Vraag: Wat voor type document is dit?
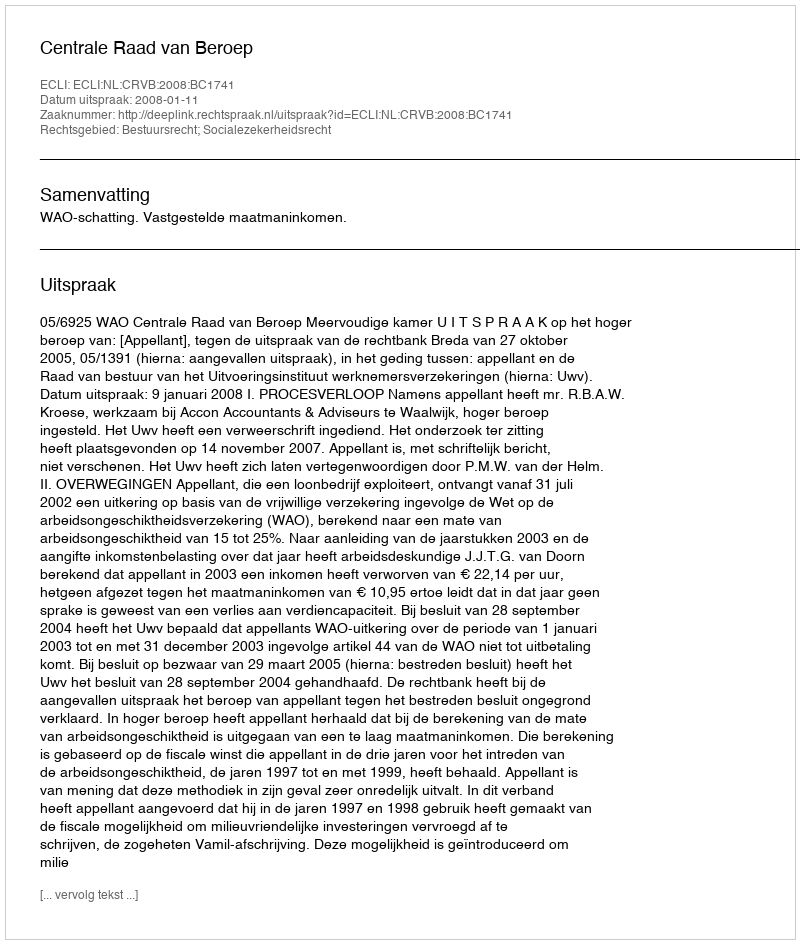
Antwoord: Uitspraak